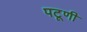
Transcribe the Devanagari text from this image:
पटूणी